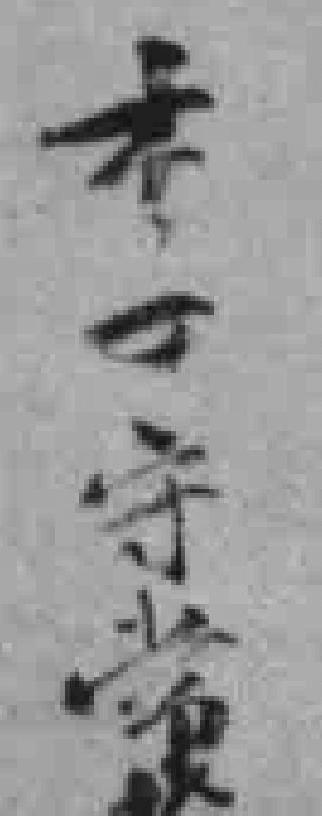
袁*守*